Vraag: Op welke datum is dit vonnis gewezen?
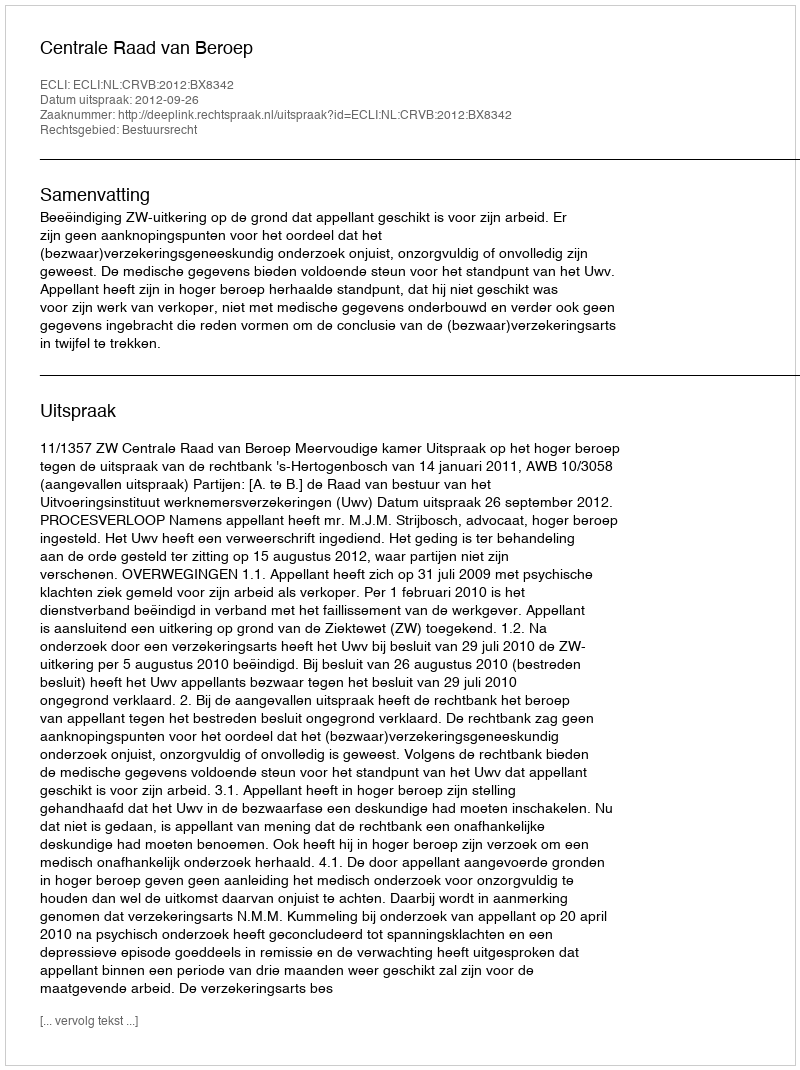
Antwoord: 2012-09-26